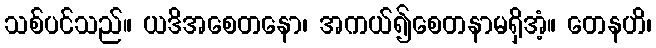
သစ်ပင်သည်။ ယဒိအစေတနော၊ အကယ်၍စေတနာမရှိအံ့။ တေနဟိ၊